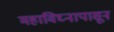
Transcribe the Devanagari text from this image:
महाविघ्नापासून